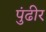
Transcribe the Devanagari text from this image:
पुंढीर